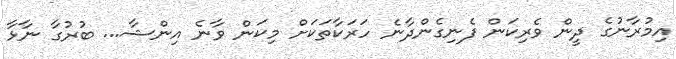
އިމުރާނުގެ ދީން ވެރިކަން ފެނިގެންދާނެ ހަރަކާތަކަށް މިކަން ވާނެ އިންޝާ... ބުރުގާ ނާޅާ